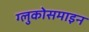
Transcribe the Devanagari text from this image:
ग्लुकोसमाइन